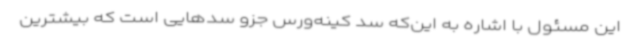
این مسئول با اشاره به این‌که سد کینه‌ورس جزو سدهایی است که بیشترین